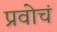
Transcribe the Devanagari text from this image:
प्रवोचं